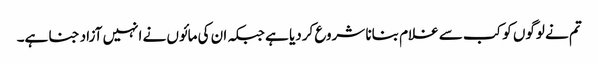
تم نے لوگوں کو کب سے غلام بنانا شروع کردیا ہے جبکہ ان کی مائوں نے انہیں آزاد جنا ہے۔